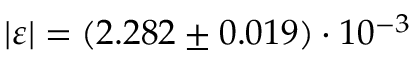
| \varepsilon | = ( 2 . 2 8 2 \pm 0 . 0 1 9 ) \cdot 1 0 ^ { - 3 }